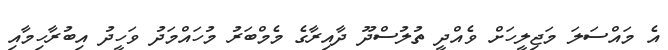
އެ މައްސަލަ މަޖިލީހަށް ވެއްދީ ތުލުސްދޫ ދާއިރާގެ މެމްބަރު މުހައްމަދު ވަހީދު އިބުރާހިމާއި